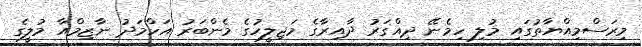
މިރަސްމިއްޔާތުގައި މުލި ހިމެނޭ ދިއްގަރު ދާއިރާގެ މަޖިލީހުގެ މެންބަރު އަހްމަދު ނާޒިމްއާ މުލީގެ